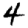
Digit: 4